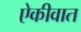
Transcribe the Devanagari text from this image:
ऐकीवात